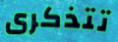
تتذكرى